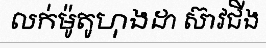
លក់ម៉ូតូហុងដា ស៊ាវជីង